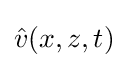
{\hat {v}}(x,z,t)